Malaria in India - Number 2
Disease focus: Malaria
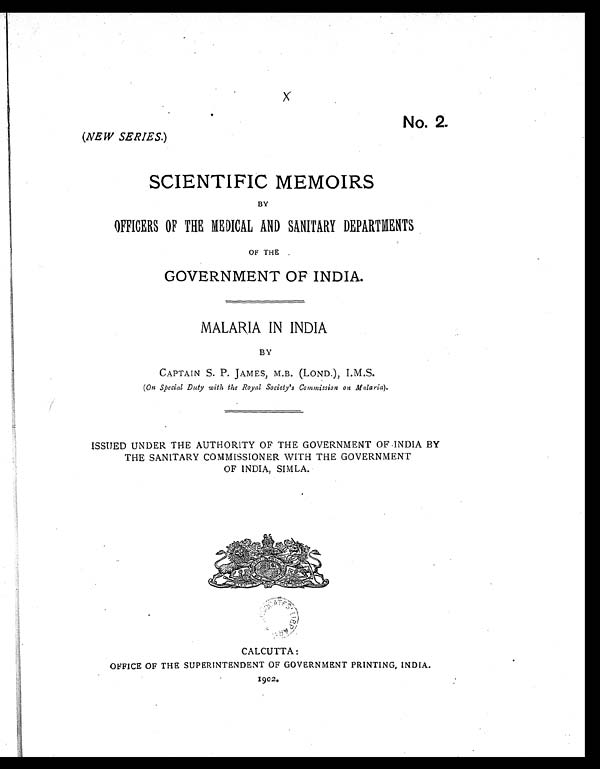
x
No. 2.
(NEW SERIES.)
SCIENTIFIC MEMOIRS
BY
OFFICERS OF THE MEDICAL AND SANITARY DEPARTMENTS
OF THE
GOVERNMENT OF INDIA.
MALARIA IN INDIA
BY
CAPTAIN S. P. JAMES, M.B. (LOND.), I.M.S.
(On Special Duty with the Royal Society's Commission on Malaria).
ISSUED UNDER THE AUTHORITY OF THE GOVERNMENT OF INDIA BY
THE SANITARY COMMISSIONER WITH THE GOVERNMENT
OF INDIA, SIMLA.
CALCUTTA:
OFFICE OF THE SUPERINTENDENT OF GOVERNMENT PRINTING, INDIA.
1902.